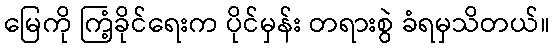
မြေကို ကြံ့ခိုင်ရေးက ပိုင်မှန်း တရားစွဲ ခံရမှသိတယ်။